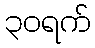
၃၀ရက်